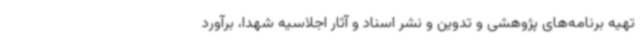
تهیه برنامه‌های پژوهشی و تدوین و نشر اسناد و آثار اجلاسیه شهدا، برآورد